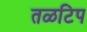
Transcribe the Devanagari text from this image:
तळटिप